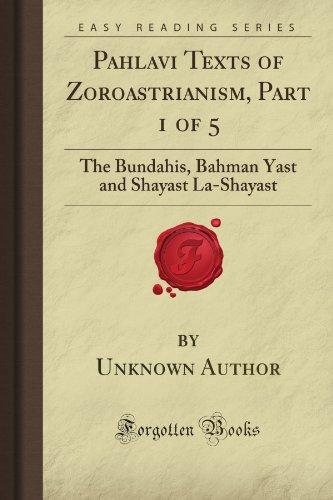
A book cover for Pahlavi Texts of Zoroastrianism, Part 1 of 5: The Bundahis, Bahman Yast and Shayast La-Shayast (Forgotten Books); Unknown Firminger Author; Religion & Spirituality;